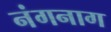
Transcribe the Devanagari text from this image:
नंगनाग